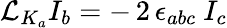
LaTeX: {\cal L}_{K_{a}}I_{b}=-\, 2\, \epsilon_{abc}\ I_{c}